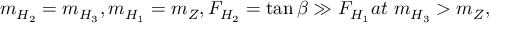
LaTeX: m _ { H _ { 2 } } = m _ { H _ { 3 } } , m _ { H _ { 1 } } = m _ { Z } , F _ { H _ { 2 } } = \tan \beta \gg F _ { H _ { 1 } } a t \, \, m _ { H _ { 3 } } > m _ { Z } ,